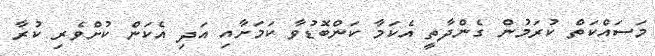
މަސައްކަތް ކުރަމުން ގެންދާތީ އެކަމާ ކަންބޮޑުވާ ކަމަށާއި އަދި އެކަން ކުށްވެރި ކުރާ